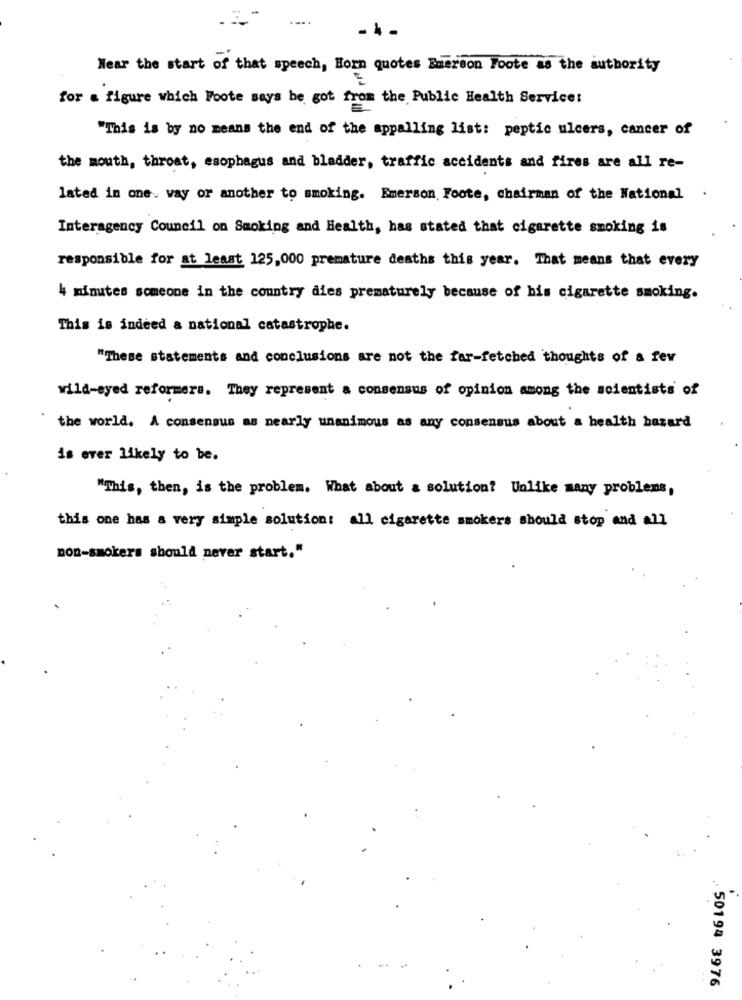
- 4
Near the start of that speech, Horn quotes Emerson Foote as the authority
for a figure which Foote says be got from the Public Health Service:
"This is by no means the end of the appalling list: peptic ulcers, cancer of
the mouth, throat, esophagus and bladder, traffic accidents and fires are all re-
lated in one. way or another to smoking. Emerson Foote, chairman of the National
.
Interagency Council on Smoking and Health, has stated that cigarette smoking is
responsible for at least 125,000 premature deaths this year. That means that every
4 minutes someone in the country dies prematurely because of his cigarette smoking.
This is indeed a national catastrophe.
"These statements and conclusions are not the far-fetched thoughts of a few
wild-eyed reformers. They represent a consensus of opinion among the scientists of
the world. A consensus as nearly unanimous as any consensus about a health hazard
is ever likely to be.
"This, then, is the problem. What about a solution? Unlike many problems,
this one has a very simple solution: all cigarette smokers should stop and 11
non-smokers should never start."
-
50194 3976